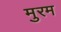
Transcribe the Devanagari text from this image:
मुरम